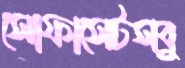
সোফাসেটসবু